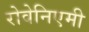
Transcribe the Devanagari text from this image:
रोवेनिएमी